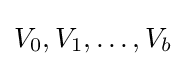
V_{0},V_{1},\ldots ,V_{b}